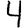
Digit: 4